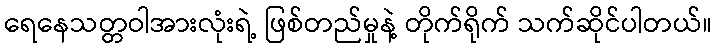
ရေနေသတ္တဝါအားလုံးရဲ့ ဖြစ်တည်မှုနဲ့ တိုက်ရိုက် သက်ဆိုင်ပါတယ်။